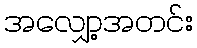
အလျှော့အတင်း